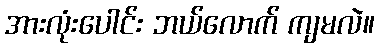
အားလုံးပေါင်း ဘယ်လောက် ကျမလဲ။